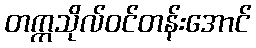
တက္ကသိုလ်ဝင်တန်းအောင်